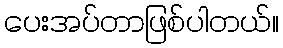
ပေးအပ်တာဖြစ်ပါတယ်။